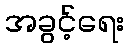
အခွင့်ရေး